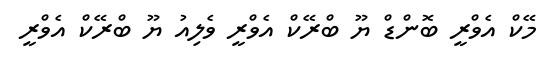
މޭކް އެވްރީ ބޮންޑް ޔޫ ބްރޭކް އެވްރީ ވެލިއު ޔޫ ބްރޭކް އެވްރީ